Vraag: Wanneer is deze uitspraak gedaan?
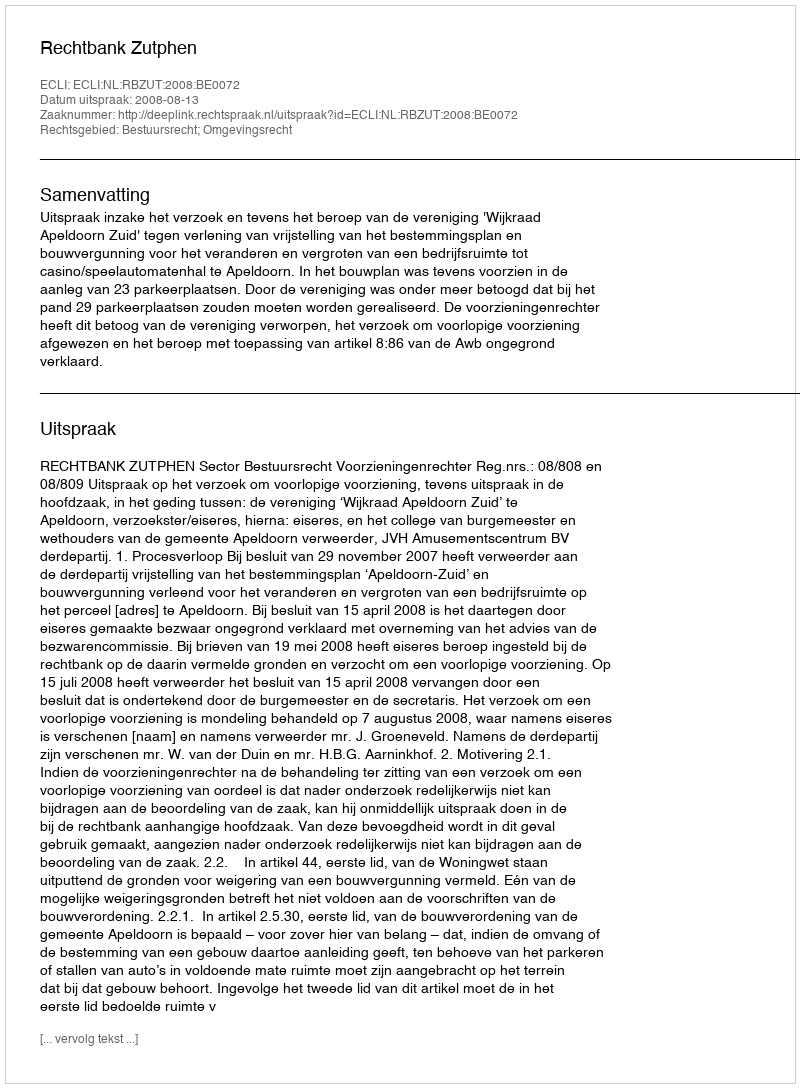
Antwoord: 2008-08-13